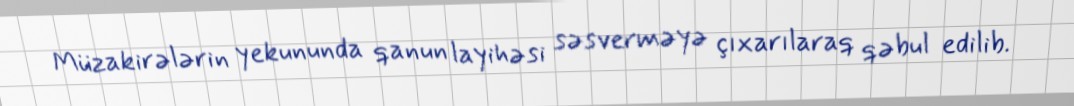
Müzakirələrin yekununda qanun layihəsi səsverməyə çıxarılaraq qəbul edilib.